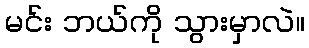
မင်း ဘယ်ကို သွားမှာလဲ။